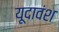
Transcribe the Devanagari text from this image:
यूदावंश